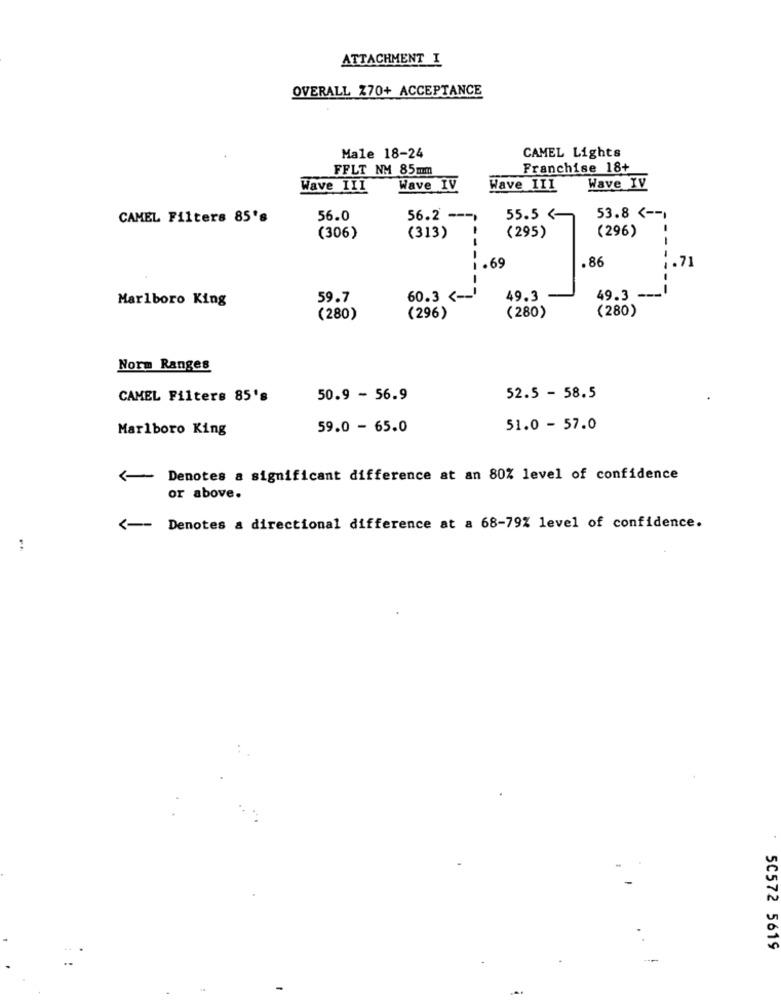
ATTACHMENT I
OVERALL Z70+ ACCEPTANCE
Male 18-24
CAMEL Lights
FFLT NM 85mm
Franchise 18+
Wave III
Wave IV
Wave III
Wave IV
CAMEL Filters 85's
56.0
56.2 --- )
55.5 <-
53.8 <-- ı
(296)
(306)
(313)
(295)
--
1.69
.86
1.71
--
Marlboro King
59.7
60.3 <-- '
49.3
49.3 --
(280)
(280)
(296)
(280)
Norm Ranges
CAMEL Filters 85's
50.9 - 56.9
52.5 - 58.5
Marlboro King
59.0 - 65.0
51.0 - 57.0
Denotes a significant difference at an 80% level of confidence
or above.
<--
Denotes & directional difference at a 68-79% level of confidence.
50572 5619